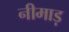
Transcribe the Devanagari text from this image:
नीमाड़